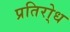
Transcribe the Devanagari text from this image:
प्रतिरो्ध